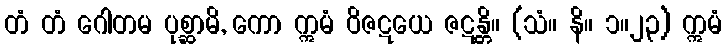
တံ တံ ဂေါတမ ပုစ္ဆာမိ, ကော ဣမံ ဝိဇဋယေ ဇဋန္တိ။ (သံ။ နိ။ ၁။၂၃) ဣမံ